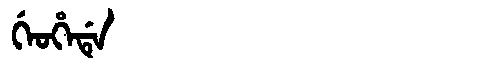
Manchu: ᡤᡝᠣᡥᡝᡩᡝ
Romanization: GEOHEDE